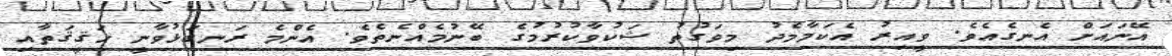
އޭނައަށް އެނގެއެވެ. ވީއިރު އެކަމާމެދު މިވަގުތު ޝަކުވާކުރުމުގެ ބޭނުމެއްނެތެވެ. އެންމެ ރަނގަޅުވާނީ ޙަޤީޤަތާއި